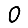
Digit: 0